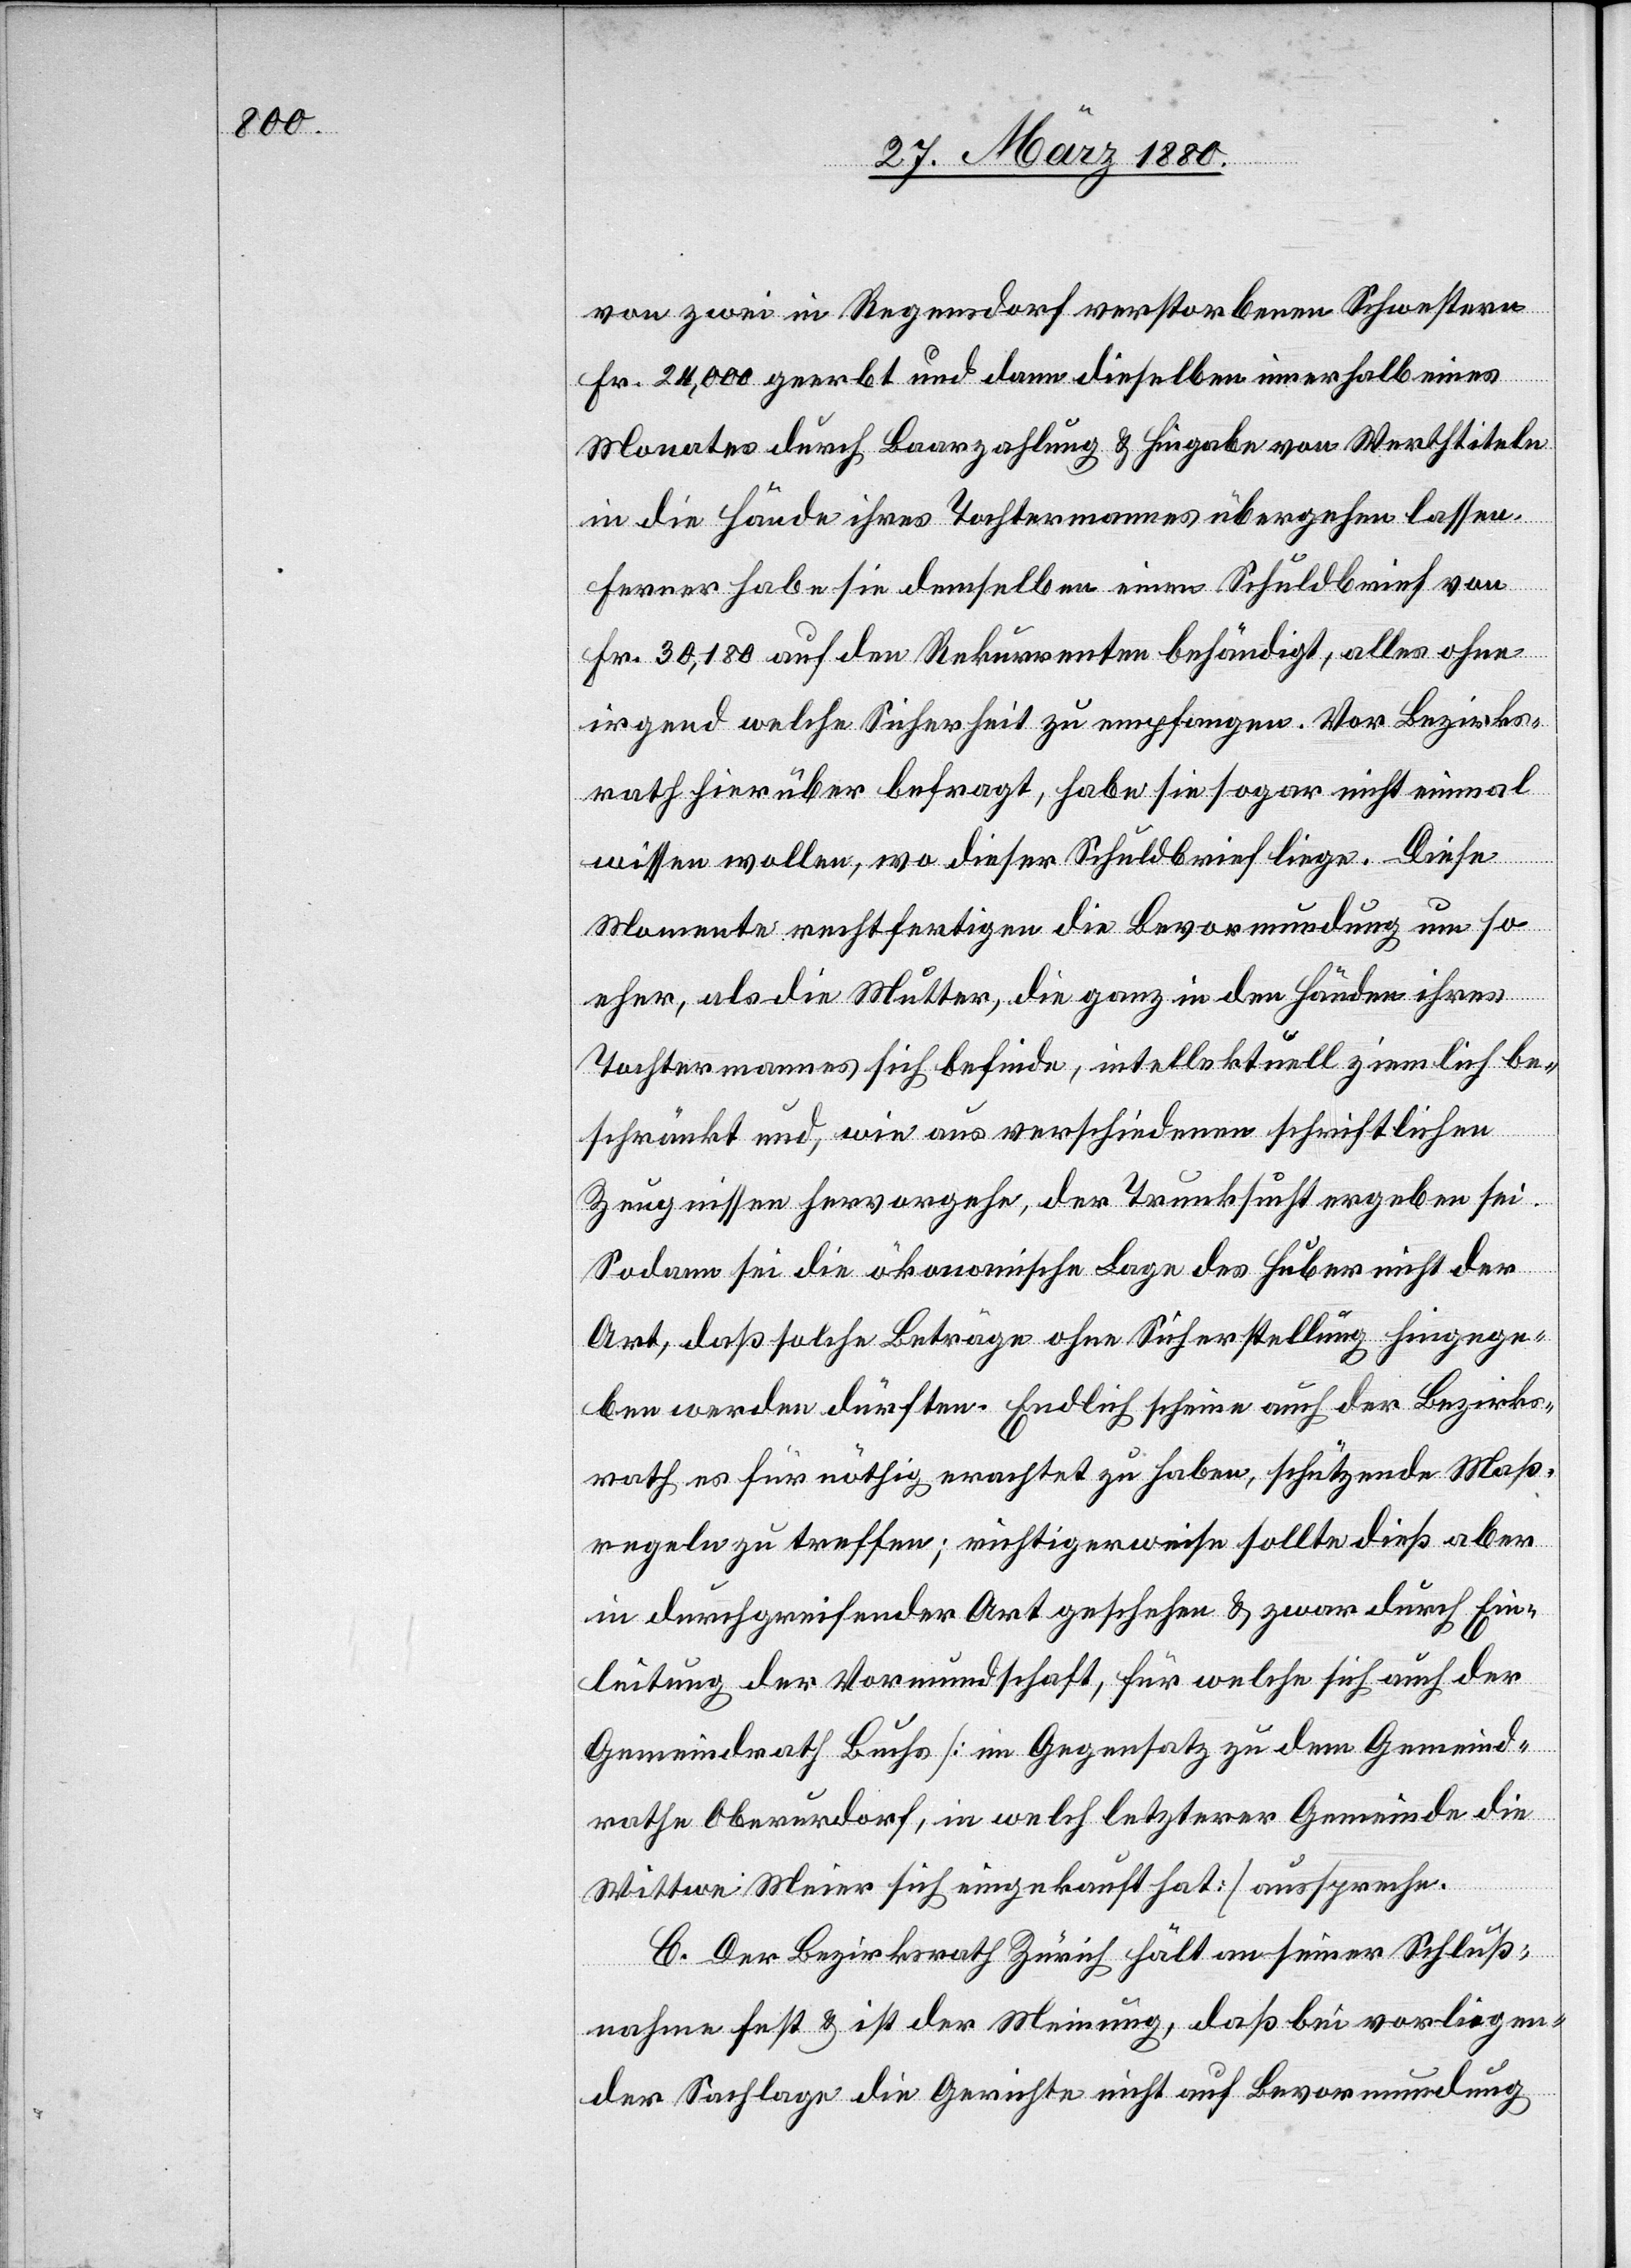
von zwei in Regensdorf verstorbenen Schwestern
Fr. 24, 000 geerbt und dann dieselben innerhalb eines
Monates durch Baarzahlung & Hingabe von Werthtiteln
in die Hände ihres Tochtermannes übergehen lassen.
Ferner habe sie demselben einen Schuldbrief von
Fr. 30,180 auf den Rekurrenten behändigt, alles ohne
irgend welche Sicherheit zu empfangen. Vor Bezirks¬
rath hierüber befragt, habe sie sogar nicht einmal
wissen wollen, wo dieser Schuldbrief liege. Diese
Momente rechtfertigen die Bevormundung um so
eher, als die Mutter, die ganz in den Händen ihres
Tochtermannes sich befinde, intellektuell ziemlich be¬
schränkt und, wie aus verschiedenen schriftlichen
Zeugnissen hervorgehe, der Trunksucht ergeben sei.
Sodann sei die ökonomische Lage des Huber nicht der
Art, daß solche Beträge ohne Sicherstellung hingege¬
ben werden dürften. Endlich scheine auch der Bezirks¬
rath es für nöthig erachtet zu haben, schützende Maß¬
regeln zu treffen; richtigerweise sollte dieß aber
in durchgreifender Art geschehen & zwar durch Ein¬
leitung der Vormundschaft, für welche sich auch der
Gemeindrath Buchs [im Gegensatz zu dem Gemeind¬
rathe Oberurdorf, in welch letzterer Gemeinde die
Wittwe Meier sich eingekauft hat] ausspreche.
C. Der Bezirksrath Zürich hält an seiner Schluß¬
nahme fest & ist der Meinung, daß bei vorliegen¬
der Sachlage die Gerichte nicht auf Bevormundung